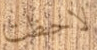
لاحظت